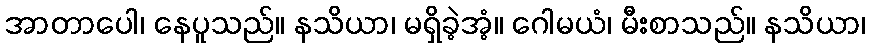
အာတာပေါ၊ နေပူသည်။ နသိယာ၊ မရှိခဲ့အံ့။ ဂေါမယံ၊ မီးစာသည်။ နသိယာ၊